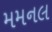
મમનલ